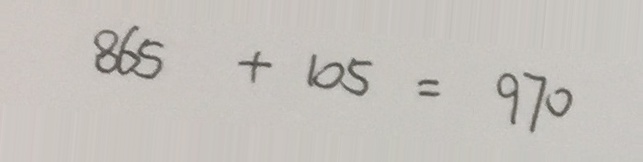
8 6 5 + 1 0 5 = 9 7 0